Leaving Certificate Examination, 1915
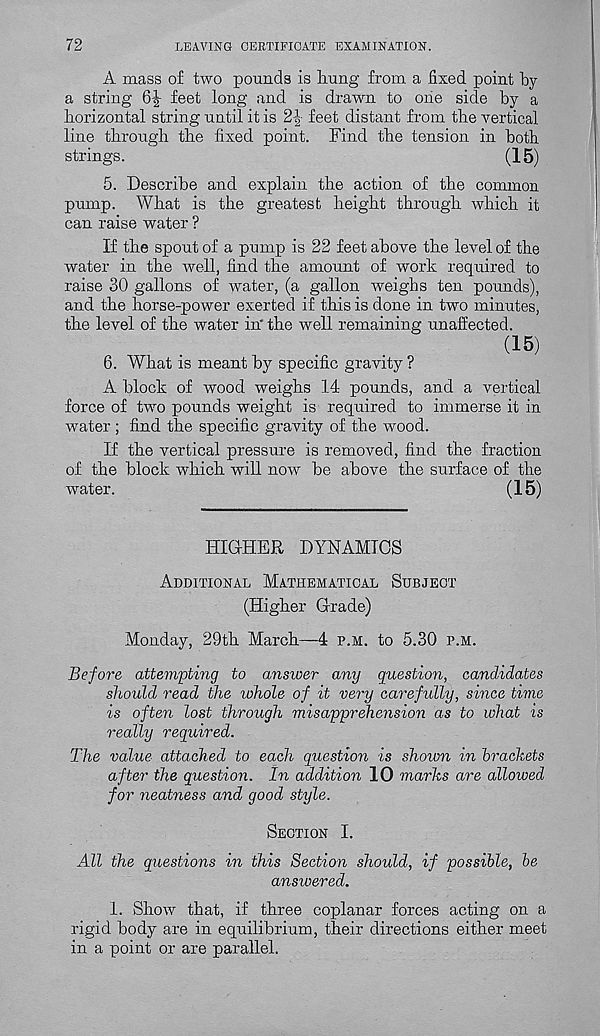
72
LEAVING CERTIFICATE EXAMINATION.
A mass of two pounds is hung from a fixed point by
a string 6-| feet long and is drawn to one side by a
horizontal string until it is 2j feet distant from the vertical
line through the fixed point. Find the tension in both
strings.
(15)
5. Describe and explain the action of the common
pump. What is the greatest height through which it
can raise water ?
If the spout of a pump is 22 feet above the level of the
water in the well, find the amount of work required to
raise 30 gallons of water, (a gallon weighs ten pounds),
and the horse-power exerted if this is done in two minutes,
the level of the water in' the well remaining unaffected.
(15)
6. What is meant by specific gravity ?
A block of wood weighs 14 pounds, and a vertical
force of two pounds weight is required to immerse it in
water; find the specific gravity of the wood.
If the vertical pressure is removed, find the fraction
of the block which will now be above the surface of the
water.
(15)
HIGHER DYNAMICS
Additional Mathematical Subject
(Higher Grade)
Monday, 29th March—4 p.m. to 5.30 p.m.
Before attempting to answer any question, candidates
should read the whole of it very carefully, since time
is often lost through misapprehension as to what is
really required.
The value attached to each question is shown in brackets
after the question. In addition 10 marks are allowed
for neatness and good style.
Section I.
All the questions in this Section should, if possible, be
answered.
1. Show that, if three coplanar forces acting on a
rigid body are in equilibrium, their directions either meet
in a point or are parallel.